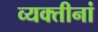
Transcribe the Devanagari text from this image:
व्यक्तीनां